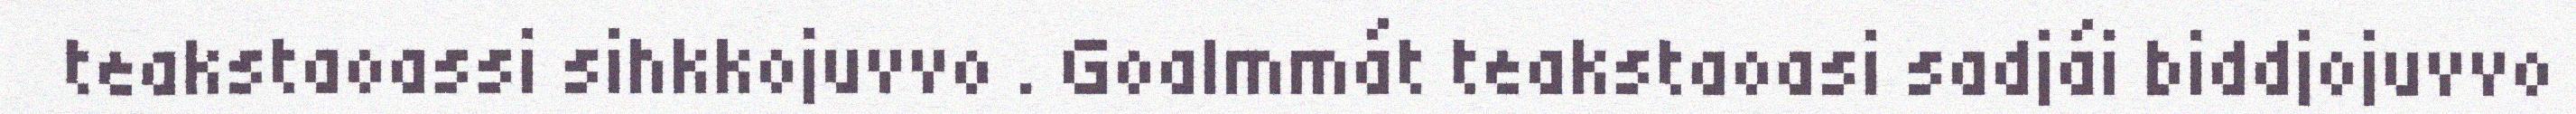
teakstaoassi sihkkojuvvo . Goalmmát teakstaoasi sadjái biddjojuvvo